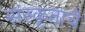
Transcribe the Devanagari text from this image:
संस्कृताचे